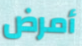
أمرض